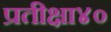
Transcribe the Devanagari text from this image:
प्रतीक्षा४०